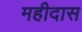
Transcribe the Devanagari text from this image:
महीदास